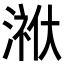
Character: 𭱳